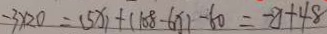
- 3 \times 2 0 = ( 5 x ) + ( 1 0 8 - 6 x ) - 6 0 = - x + 4 8